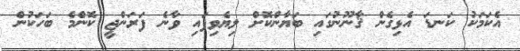
އެކަމަކު ކަނޑަ އެޅިގެން ޤާނޫނުގައި ބަޔާންކޮށް ލިޔެވިފައި ވާނެ ފަރަންޖީ ކޮންމެ ބަހަކުން